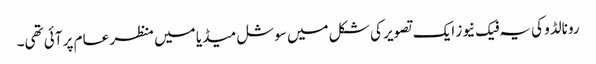
رونالڈو کی یہ فیک نیوز ایک تصویر کی شکل میں سوشل میڈیا میں منظر عام پر آئی تھی۔